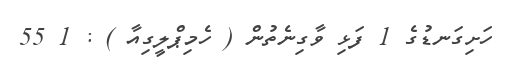
ހަށިގަނޑުގެ 1 ފަޅި ވާގިނެތުން ( ހެމިޕްލީގިއާ ) : 1 55